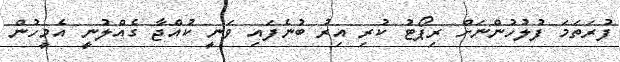
ފުރަތަމަ ފުލުހުންނަށް ރިޕޯޓު ކުރި އިރު ބުނެފައި ވަނީ ކުއްޖާ ގެއްލުނީ އެމީހުން